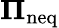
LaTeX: \mathbf{\Pi}_{\mathrm{neq}}